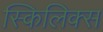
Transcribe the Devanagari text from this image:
स्किलिक्स